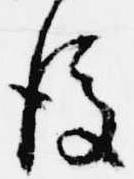
後